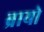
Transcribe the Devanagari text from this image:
ब्रायो